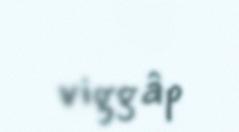
viggâp